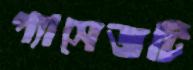
প্যাসেজটি